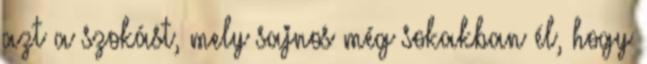
azt a szokást, mely sajnos még sokakban él, hogy